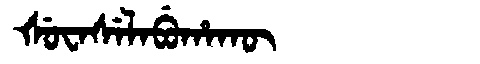
Manchu: ᡧᡠᠸᠠᠰᡝᠯᠠᠪᡠᡥᠠᡴᡡ
Romanization: ŠUWASELABUHAKŪ